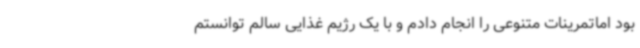
بود اماتمرینات متنوعی را انجام دادم و با یک رژیم غذایی سالم توانستم